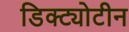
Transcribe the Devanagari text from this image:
डिक्ट्योटीन